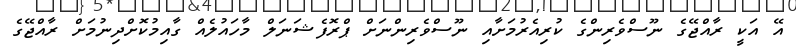
އޭ އަކީ ރާއްޖޭގެ ނޫސްވެރިންގެ ކުރިއެރުމަށާއި ނޫސްވެރިންނަށް ޕްރޮފެޝަނަލް މާހައުލެއް ގާއިމުކޮށްދިނުމަށް ރާއްޖޭގެ